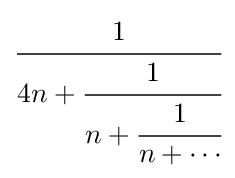
{\cfrac {1}{4n+{\cfrac {1}{n+{\cfrac {1}{n+\cdots }}}}}}